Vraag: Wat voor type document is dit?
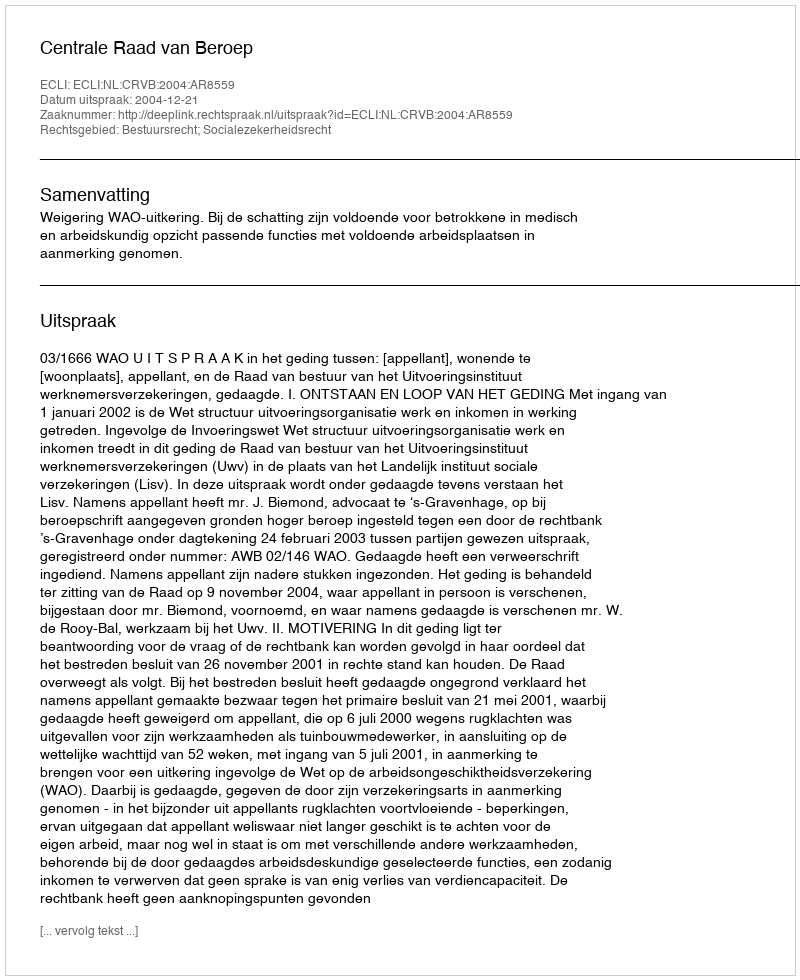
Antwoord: Uitspraak